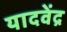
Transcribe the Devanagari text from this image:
यादवेंद्र